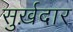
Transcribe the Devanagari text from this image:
सुर्ख़दार